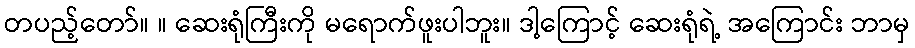
တပည့်တော်။ ။ ဆေးရုံကြီးကို မရောက်ဖူးပါဘူး။ ဒါ့ကြောင့် ဆေးရုံရဲ့ အကြောင်း ဘာမှ